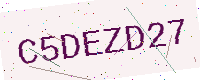
Text: C5DEZD27